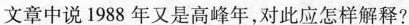
文章中说1988年又是高峰年，对此应怎样解释？